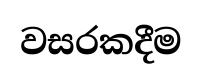
වසරකදීම